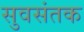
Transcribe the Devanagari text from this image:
सुवसंतक